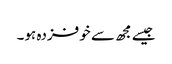
جیسے مجھ سے خوفزدہ ہو۔